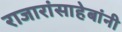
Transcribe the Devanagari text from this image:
राजारांसाहेबांनी